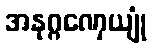
အနုဂ္ဂဏှေယျုံ